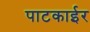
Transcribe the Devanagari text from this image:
पाटकाईर